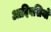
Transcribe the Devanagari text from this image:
आदिवसियो